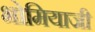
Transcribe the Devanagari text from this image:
भोमियाजी